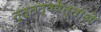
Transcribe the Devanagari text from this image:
नृत्तत्ववेत्ताओं